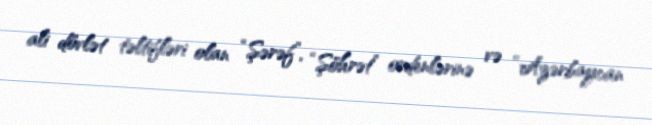
ali dövlət təltifləri olan “Şərəf”, “Şöhrət” ordenlərinə və “Azərbaycan